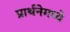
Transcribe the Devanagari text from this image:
प्रार्थनेमध्ये